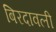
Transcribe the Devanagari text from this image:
बिरदावली